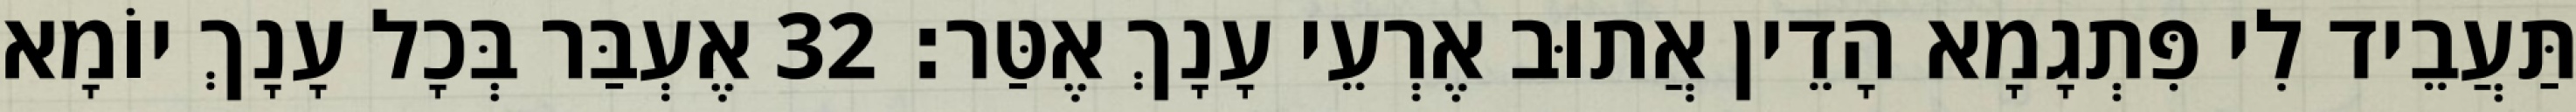
תַּעֲבֵיד לִי פִּתְגָמָא הָדֵין אֲתוּב אֶרְעֵי עָנָךְ אֶטַּר׃ 32 אֶעְבַּר בְּכָל עָנָךְ יוֹמָא